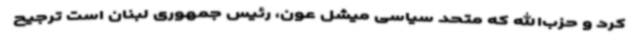
کرد و حزب‌الله که متحد سیاسی میشل عون، رئیس جمهوری لبنان است ترجیح